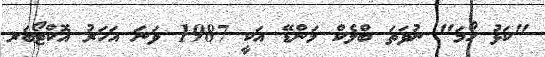
"ކަޅު ހޯމަ" ނުވަތަ ބްލެކް މަންޑޭ އަކީ 1987 ވަނަ އަހަރު އޮކްޓޯބަރ